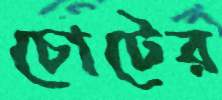
চোটের